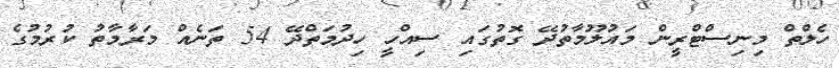
ހެލްތް މިނިސްޓްރީން މައުލޫމާތުދޭ ގޮތުގައި ސިއްހީ ހިދުމަތްދޭ 54 ތަނެއް މަރާމާތު ކުރުމުގެ